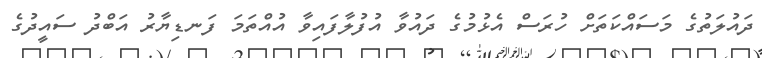
ދައުލަތުގެ މަސައްކަތަށް ހުރަސް އެޅުމުގެ ދައުވާ އުފުލާފައިވާ އުއްތަމަ ފަނޑިޔާރު އަބްދު ސައީދުގެ